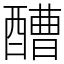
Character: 醩